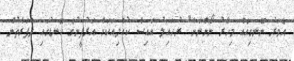
އެވަރު ނޭނގިއެއް މިހާރު ނޯންނާނެ" ރުހައިލު އައިސް ކުއްލިއަކަށް އަރުފީނުގެ ކޮނޑުގައި ދެފަރާތުން